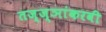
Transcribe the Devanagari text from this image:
तज्ज्ञांकरवी